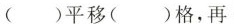
( )平移( )格，再